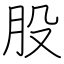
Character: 股